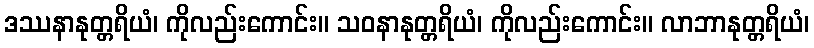
ဒဿနာနုတ္တရိယံ၊ ကိုလည်းကောင်း။ သဝနာနုတ္တရိယံ၊ ကိုလည်းကောင်း။ လာဘာနုတ္တရိယံ၊